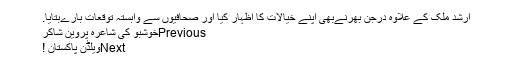
ارشد ملک کے علاوہ درجن بهرنےبھی اپنے خیالات کا اظہار کیا اور صحافیوں سے وابستہ توقعات بارےبتایا.
Previousخوشبو کی شاعرہ پروین شاکر
Nextویلڈن پاکستان !